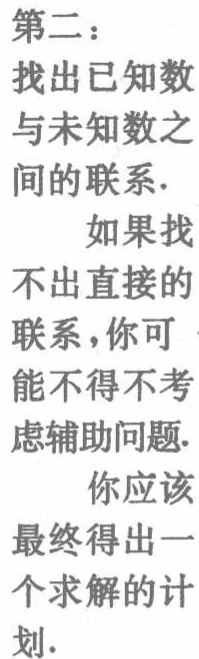
第二：

找出已知数

与未知数之

间的联系.

如果找

不出直接的

联系，你可

能不得不考

虑辅助问题.

你应该

最终得出一

个求解的计划.